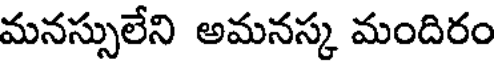
మనస్సులేని అమనస్క మందిరం